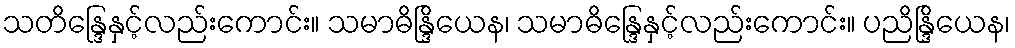
သတိန္ဒြေနှင့်လည်းကောင်း။ သမာဓိန္ဒြိယေန၊ သမာဓိန္ဒြေနှင့်လည်းကောင်း။ ပညိန္ဒြိယေန၊